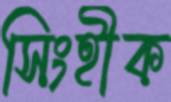
সিংহীক